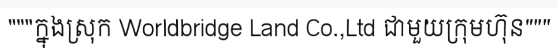
"""ក្នុងស្រុក Worldbridge Land Co.,Ltd ជាមួយក្រុមហ៊ុន"""